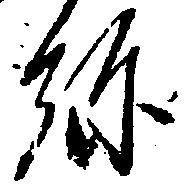
弥